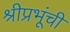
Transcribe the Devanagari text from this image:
श्रीप्रभूंची